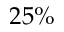
2 5 \%